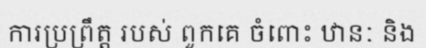
ការប្រព្រឹត្ត របស់ ពួកគេ ចំពោះ ឋានៈ និង